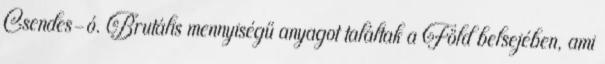
Csendes-ó. Brutális mennyiségű anyagot találtak a Föld belsejében, ami